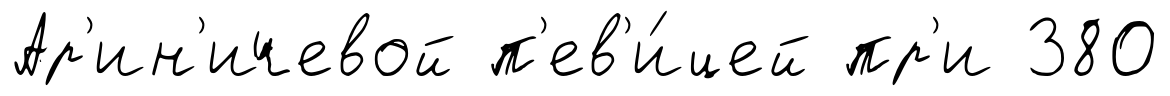
Ар'ин'ичевой п'ев'и́цей пр'и 380